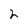
Character: 2